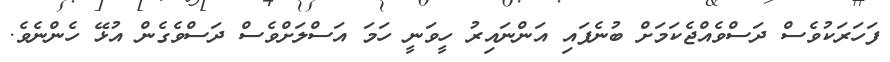
ފަހަރަކުވެސް ދަސްވެއްޖެކަމަށް ބުނެފައި އަންނައިރު ހީވަނީ ހަމަ އަސްލަށްވެސް ދަސްވެގެން އުޅޭ ހެންނެވެ.